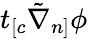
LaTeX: t_{[c}\tilde{\nabla}_{n]}\phi